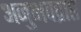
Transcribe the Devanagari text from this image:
अनुभवप्राप्त